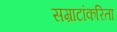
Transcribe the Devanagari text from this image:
सम्राटांकरिता